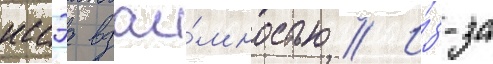
иссэа взаи́мностью // И́з-за